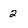
Character: 2